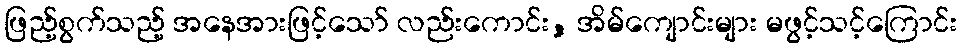
ဖြည့်စွက်သည့် အနေအားဖြင့်သော် လည်းကောင်း, အိမ်ကျောင်းများ မဖွင့်သင့်ကြောင်း